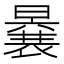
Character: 𭧽